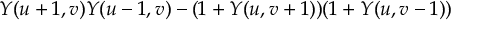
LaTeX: Y ( u + 1 , v ) Y ( u - 1 , v ) - ( 1 + Y ( u , v + 1 ) ) ( 1 + Y ( u , v - 1 ) )